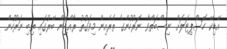
އޭޑިކޭ ހޮސްޕިޓަލަށް ނިސްބަތްވާ ނަރުހުންގެ ތެރެއިން މިވަގުތު ރާއްޖޭން ބޭރުގައި ތިބި ނަރުހުން